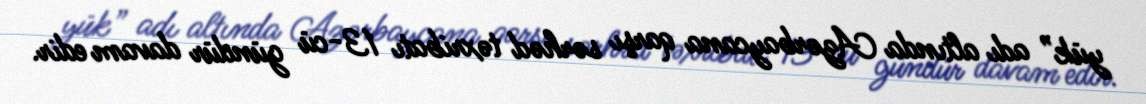
yük” adı altında Azərbaycana qarşı sərhəd təxribatı 13-cü gündür davam edir.